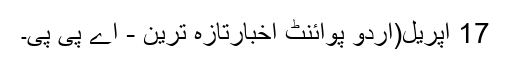
17 اپریل(اُردو پوائنٹ اخبارتازہ ترین - اے پی پی۔